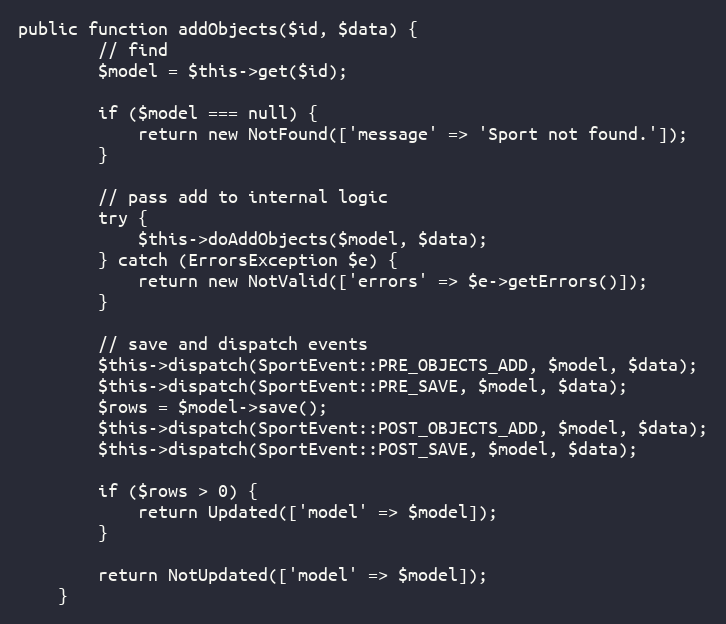
Language: PHP
public function addObjects($id, $data) {
		// find
		$model = $this->get($id);

		if ($model === null) {
			return new NotFound(['message' => 'Sport not found.']);
		}

		// pass add to internal logic
		try {
			$this->doAddObjects($model, $data);
		} catch (ErrorsException $e) {
			return new NotValid(['errors' => $e->getErrors()]);
		}

		// save and dispatch events
		$this->dispatch(SportEvent::PRE_OBJECTS_ADD, $model, $data);
		$this->dispatch(SportEvent::PRE_SAVE, $model, $data);
		$rows = $model->save();
		$this->dispatch(SportEvent::POST_OBJECTS_ADD, $model, $data);
		$this->dispatch(SportEvent::POST_SAVE, $model, $data);

		if ($rows > 0) {
			return Updated(['model' => $model]);
		}

		return NotUpdated(['model' => $model]);
	}